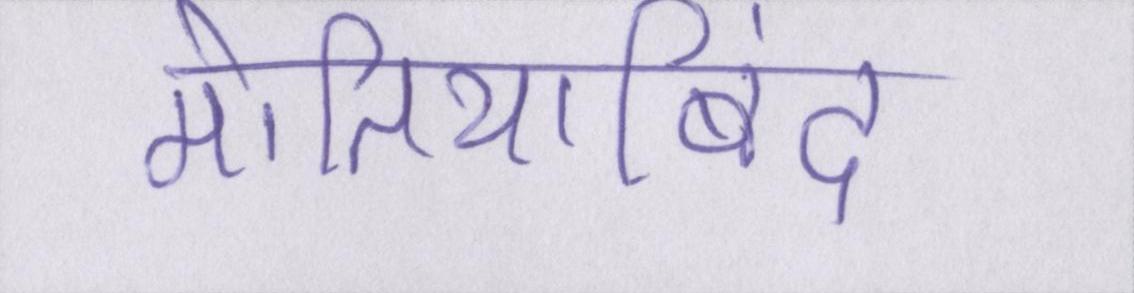
मोतियाबिंद